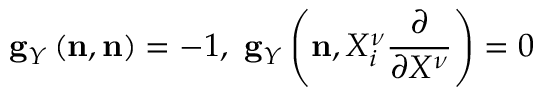
{ } { \bf g } _ { Y } \left( { \bf n } , { \bf n } \right) = - 1 , \ { \bf g } _ { Y } \left( { \bf n } , X _ { i } ^ { \nu } \frac { \partial } { \partial X ^ { \nu } } \right) = 0